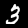
Digit: 3